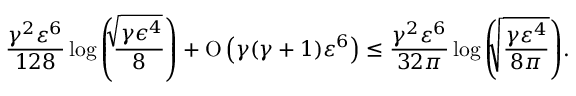
\frac { \gamma ^ { 2 } \varepsilon ^ { 6 } } { 1 2 8 } \log { \left( \frac { \sqrt [ ] { \gamma \epsilon ^ { 4 } } } { 8 } \right) } + \ensuremath { \operatorname { O } \left( \gamma ( \gamma + 1 ) \varepsilon ^ { 6 } \right) } \leq \frac { \gamma ^ { 2 } \varepsilon ^ { 6 } } { 3 2 \pi } \log { \left( \sqrt [ ] { \frac { \gamma \varepsilon ^ { 4 } } { 8 \pi } } \right) } .